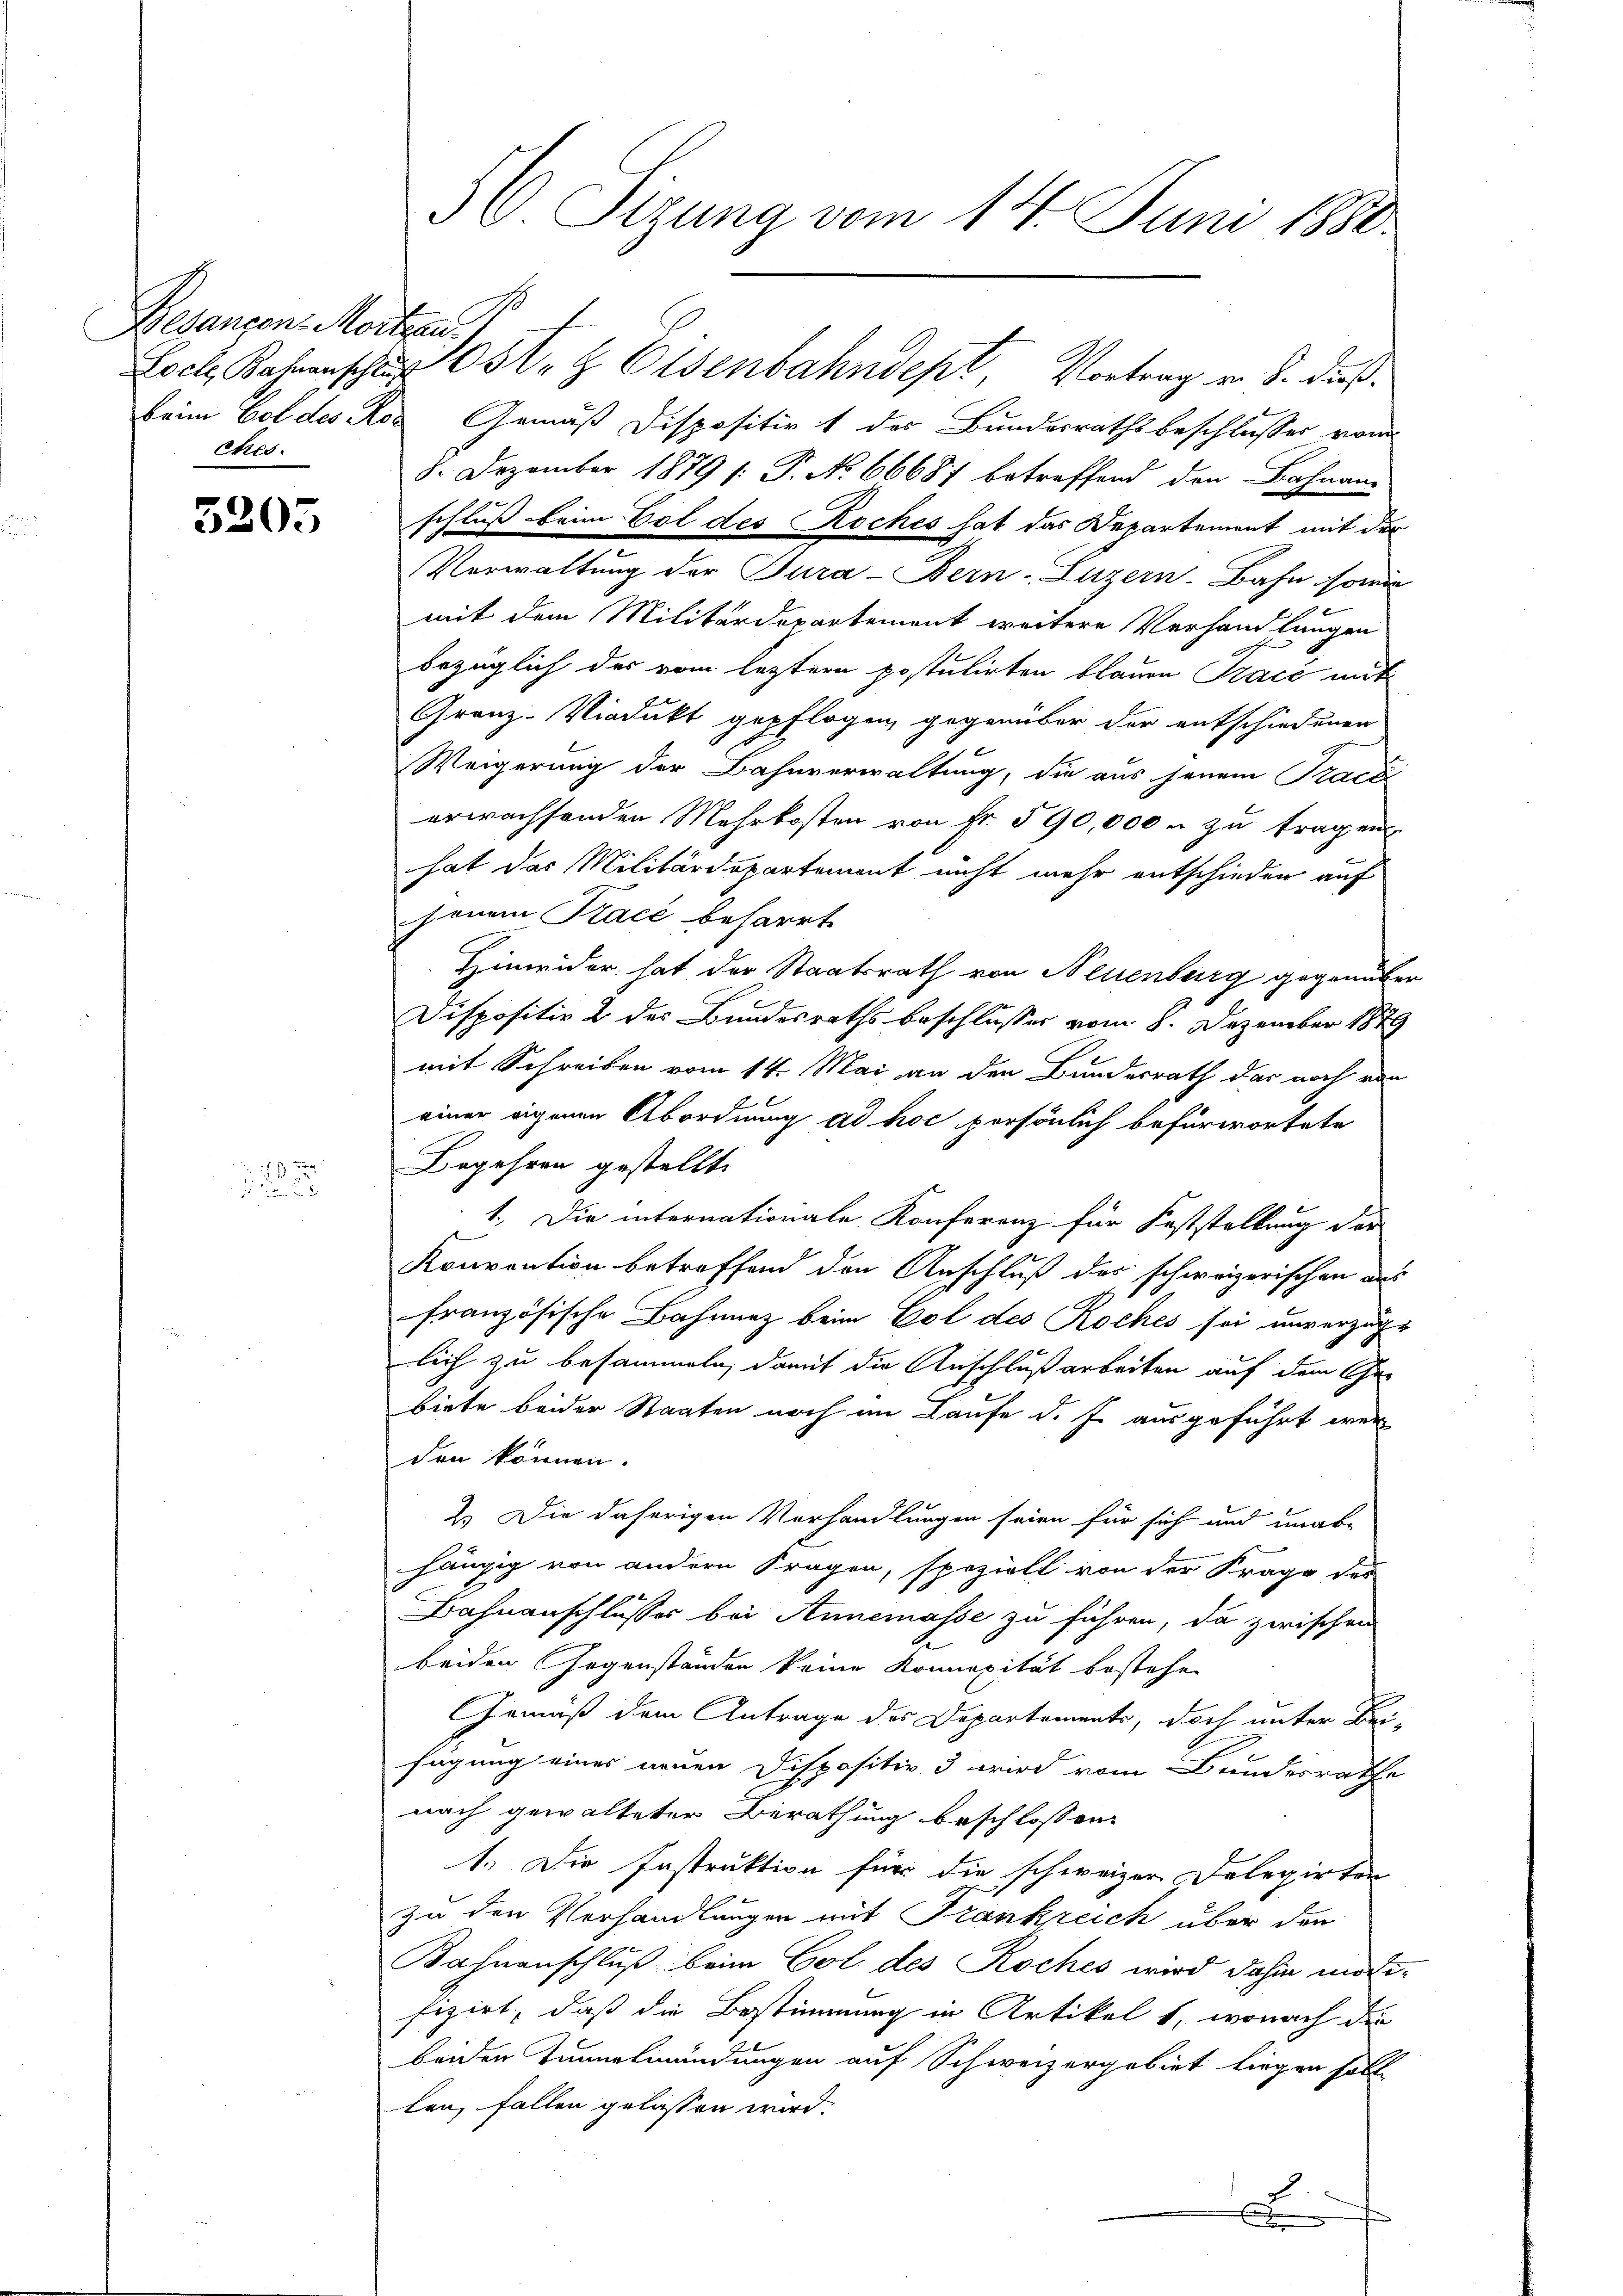
Begangen Mortan
ches.

5205

22

36 Sizung vom 14. Juni 1880.

Loch Kamenscha 051. & Eisenbahndept, Vortrag v. 8. dieß.
beim Col des Ros Gemäß Dispositiv 1 des Bundesrathsbeschlusser vom
8. Dezember 1879 (: P. No 66687 betreffend den Bahnan-
schluß beim Vol des Koches hat das Departement mit der
Verwaltung der Tura-Bern, Luzern Bahn, sowie
mit dem Militärdepartement weitere Verhandlungen
bezüglich des vom leztern postulirten blauen Trace mit
Granz-Viadukt gepflogen, gegenüber der entschiedenen
Weigerung der Bahnverwaltung, die aus jenem Practi
erwachsenden Mehrkosten von Fr. 590,000 u zu tragen
hat das Militärdepartement nicht mehr entschieden auf
jenem Kracé beharrt
Hinwider hat der Staatsrath von Neuenburg gegenüber
Dispositiv 2 des Bundesraths beschlusses vom 8. Dezember 1879
mit Schreiben vom 14. Mai an den Bundesrath das noch von
einer eigenen Abordnung ad hoc persönlich befürwortete
Begehren gestellt.
1. Die internationale Konferenz für Feststellung der
Konvention betreffend den Anschluß des schweizerischen aus
g
französische Bahnnez beim Gol des Roches sei unverzüge
lich zu besammeln, damit die Anschlußarbeiten auf dem Char
biete beider Staaten noch im Laufe d. J. ausgeführt wer
den können.
2.) Die daherigen Vorhandlungen seien für sich und unab-
hängig von andern Fragen, speziell von der Frage des
Bahnanschlusses bei Annemasse zu führen, da zwischen
beiden Gegenständen keine Koncepität bestehen
Gemäß dem Antrage des Departements, doch unter Beifügung eines neuen Dispositiv 3 wird vom Bundesrathe
nach gewalteter Berathung beschlossen
1. Die Instruktion für die schweizer Delegirten
zu den Verhandlungen mit Frankreich über den
Bahnenschluß beim Col des Koches wird dahin motifizirt, daß die Bestimmung in Artikel 1, wonach die
beiden Tunnelmündungen auf Schweizergebiet liegen soll.
len, fallen gelassen wird.
e